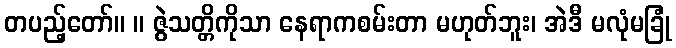
တပည့်တော်။ ။ ဇွဲသတ္တိကိုသာ နေရာကစမ်းတာ မဟုတ်ဘူး၊ အဲဒီ မလုံမခြုံ